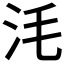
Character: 𣲭